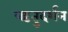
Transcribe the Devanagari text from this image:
ऋतुदर्शन